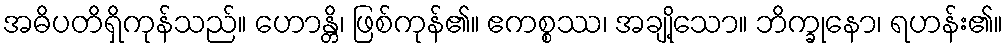
အဓိပတိရှိကုန်သည်။ ဟောန္တိ၊ ဖြစ်ကုန်၏။ ဧကစ္စဿ၊ အချို့သော။ ဘိက္ခုနော၊ ရဟန်း၏။